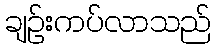
ချဉ်းကပ်လာသည်